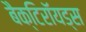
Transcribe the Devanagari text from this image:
बैक्टिरॉयड्स